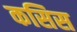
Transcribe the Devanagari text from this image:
कसिस